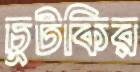
চুটকির